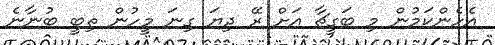
އެހެންކަމުން މި ބަގީޗާ އަށް ރޭ ދިޔަ ގިނަ މީހުން ތިބީ ބުނާނެ